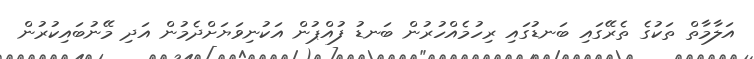
އަލާމާތް ތަކުގެ ތެރޭގައި ބަނޑުގައި ރިހުމެއްހުރުން ބަނޑު ފުއްޕުން އަކުނިވަޔަށްދެމުން އަދި މޭނުބައިކުރުން